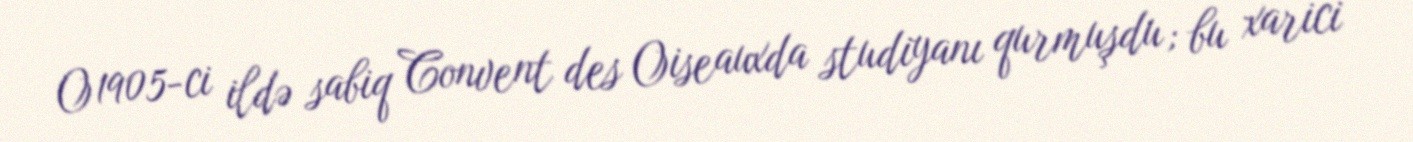
O 1905-ci ildə sabiq Convent des Oiseauxda studiyanı qurmuşdu; bu xarici